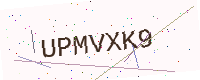
Text: UPMVXK9